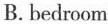
B. bedroom